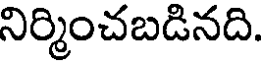
నిర్మించబడినది.